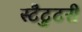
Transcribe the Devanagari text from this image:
स्टैटुटरी